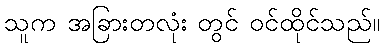
သူက အခြားတလုံး တွင် ဝင်ထိုင်သည်။